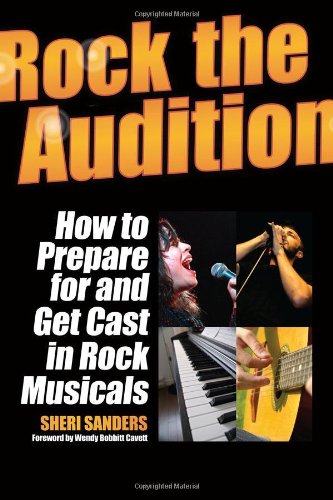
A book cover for Rock the Audition - How to Prepare for and Get Cast in Rock Musicals; Sheri Sanders; Arts & Photography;